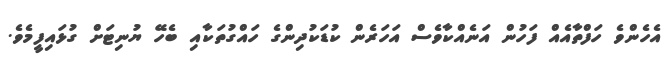
އެހެންވެ ހަފްތާއެއް ފަހުން އަނެއްކާވެސް އަހަރެން ކުޑަކުދިންގެ ހައްގުތަކާއި ބެހޭ ޔުނިޓަށް ގުޅައިފީމެވެ.